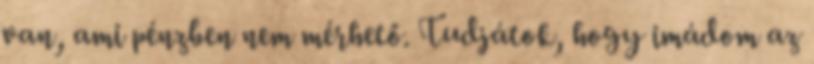
van, ami pénzben nem mérhető. Tudjátok, hogy imádom az